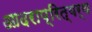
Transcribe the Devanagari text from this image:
आदराप्रित्यर्थ